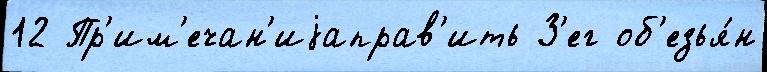
12 Пр'им'ечан'иjаправ'ить З'ег об'езья́н